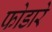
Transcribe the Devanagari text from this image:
फोडारे